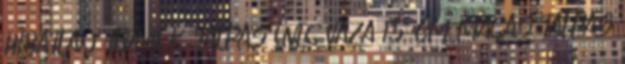
HIBÁTLAN TERMÉK. TALPAS ÜVEG VÁZA 15 CM MAGAS TALPAS